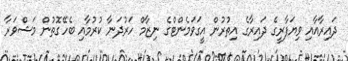
ދައިރާއާއި ވިޔަފާރީގެ ދައިރާގެ އިތުރުން އީގަވަމެންޓްގެ ނިޒާމް ހަރުދަނާ ކުރުމާއި ބެހޭގޮތުން މަޝްވަރާ